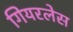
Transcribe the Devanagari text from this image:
गियरलेस